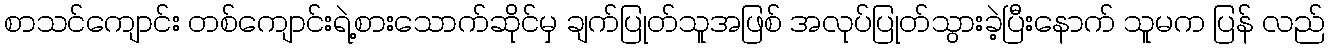
စာသင်ကျောင်း တစ်ကျောင်းရဲ့စားသောက်ဆိုင်မှ ချက်ပြုတ်သူအဖြစ် အလုပ်ပြုတ်သွားခဲ့ပြီးနောက် သူမက ပြန် လည်